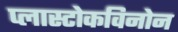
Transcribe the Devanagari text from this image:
प्लास्टोकविनोन